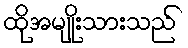
ထိုအမျိုးသားသည်